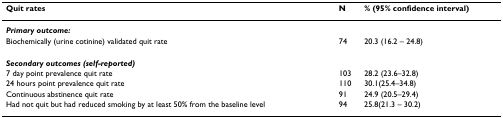
| Quit rates | N | % (95% confidence interval) |
 | --- | --- | --- |
 | Primary outcome: |  |  |
 | Biochemically (urine cotinine) validated quit rate | 74 | 20.3 (16.2 – 24.8) |
 | Secondary outcomes (self-reported) |  |  |
 | 7 day point prevalence quit rate | 103 | 28.2 (23.6–32.8) |
 | 24 hours point prevalence quit rate | 110 | 30.1(25.4–34.8) |
 | Continuous abstinence quit rate | 91 | 24.9 (20.5–29.4) |
 | Had not quit but had reduced smoking by at least 50% from the baseline level | 94 | 25.8(21.3 – 30.2) |